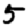
Digit: 5